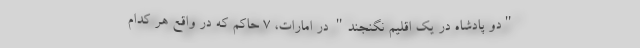
"دو پادشاه در یک اقلیم نگنجند" در امارات، 7 حاکم که در واقع هر کدام